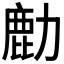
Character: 𫜋